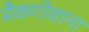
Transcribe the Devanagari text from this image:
मैकगोवाना